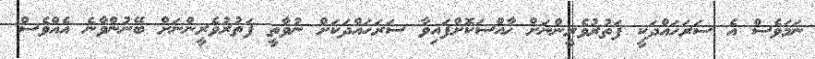
ނަމަވެސް އެ ސަރަހައްދަކީ ފަތުރުވެރީންނަށް ޚާއްސަކޮށްފައިވާ ސަރަހައްދަކަށް ނުވާތީ ފަތުރުވެރީންނަށް ބޭނުންވާނެ އެއްވެސް